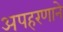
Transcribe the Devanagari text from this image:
अपहरणाने